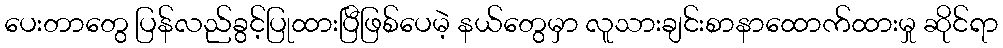
ပေးတာတွေ ပြန်လည်ခွင့်ပြုထားပြီဖြစ်ပေမဲ့ နယ်တွေမှာ လူသားချင်းစာနာထောက်ထားမှု ဆိုင်ရာ